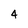
Character: 4